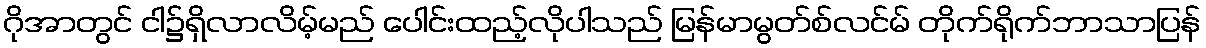
ဂိုအာတွင် ငါ၌ရှိလာလိမ့်မည် ပေါင်းထည့်လိုပါသည် မြန်မာမွတ်စ်လင်မ် တိုက်ရိုက်ဘာသာပြန်